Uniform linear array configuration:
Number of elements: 16
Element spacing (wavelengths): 0.75
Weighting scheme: cosine
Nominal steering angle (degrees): -15
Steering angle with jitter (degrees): -13.254
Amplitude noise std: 0.05
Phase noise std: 0.05

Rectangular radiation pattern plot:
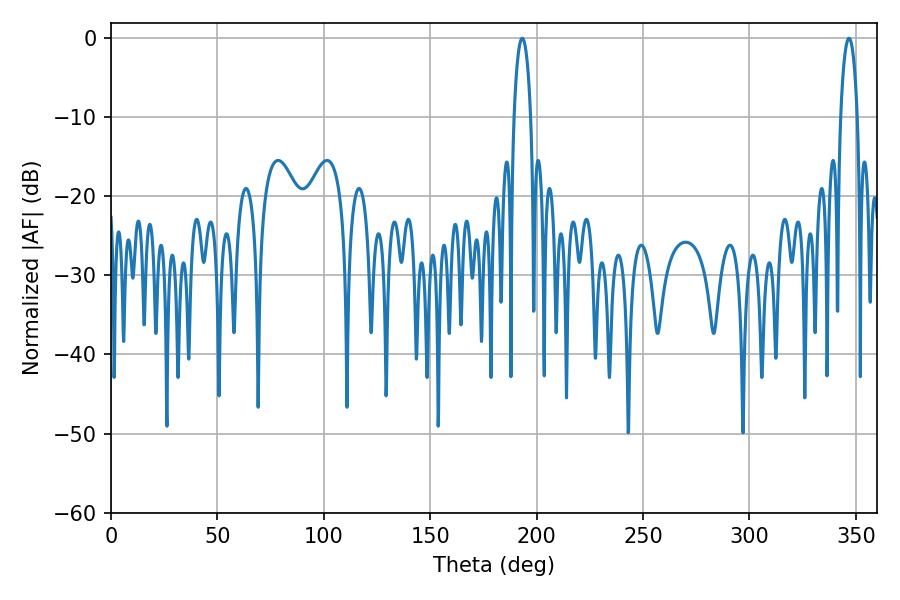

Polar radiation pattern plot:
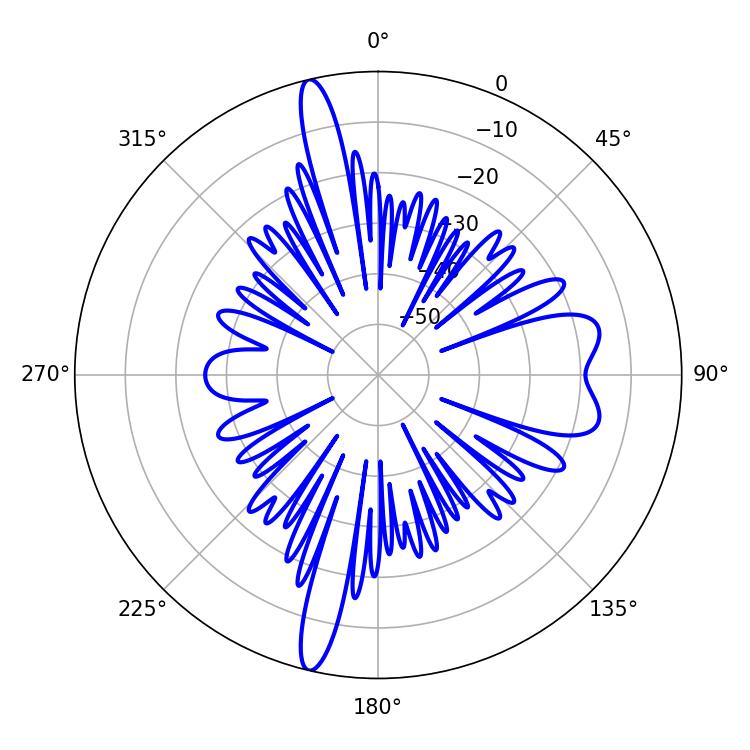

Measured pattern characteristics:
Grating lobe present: TRUE
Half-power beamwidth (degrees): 4.5
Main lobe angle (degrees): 346.68